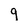
Character: g